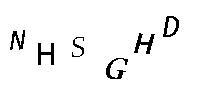
NHSGHD